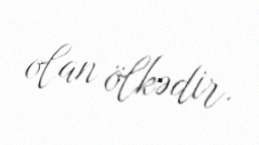
olan ölkədir.